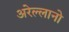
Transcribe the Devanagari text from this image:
अरेल्लानो